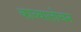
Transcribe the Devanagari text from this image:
काव्यालोचन